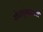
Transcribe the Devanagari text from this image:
खेळाडूंबद्दलची